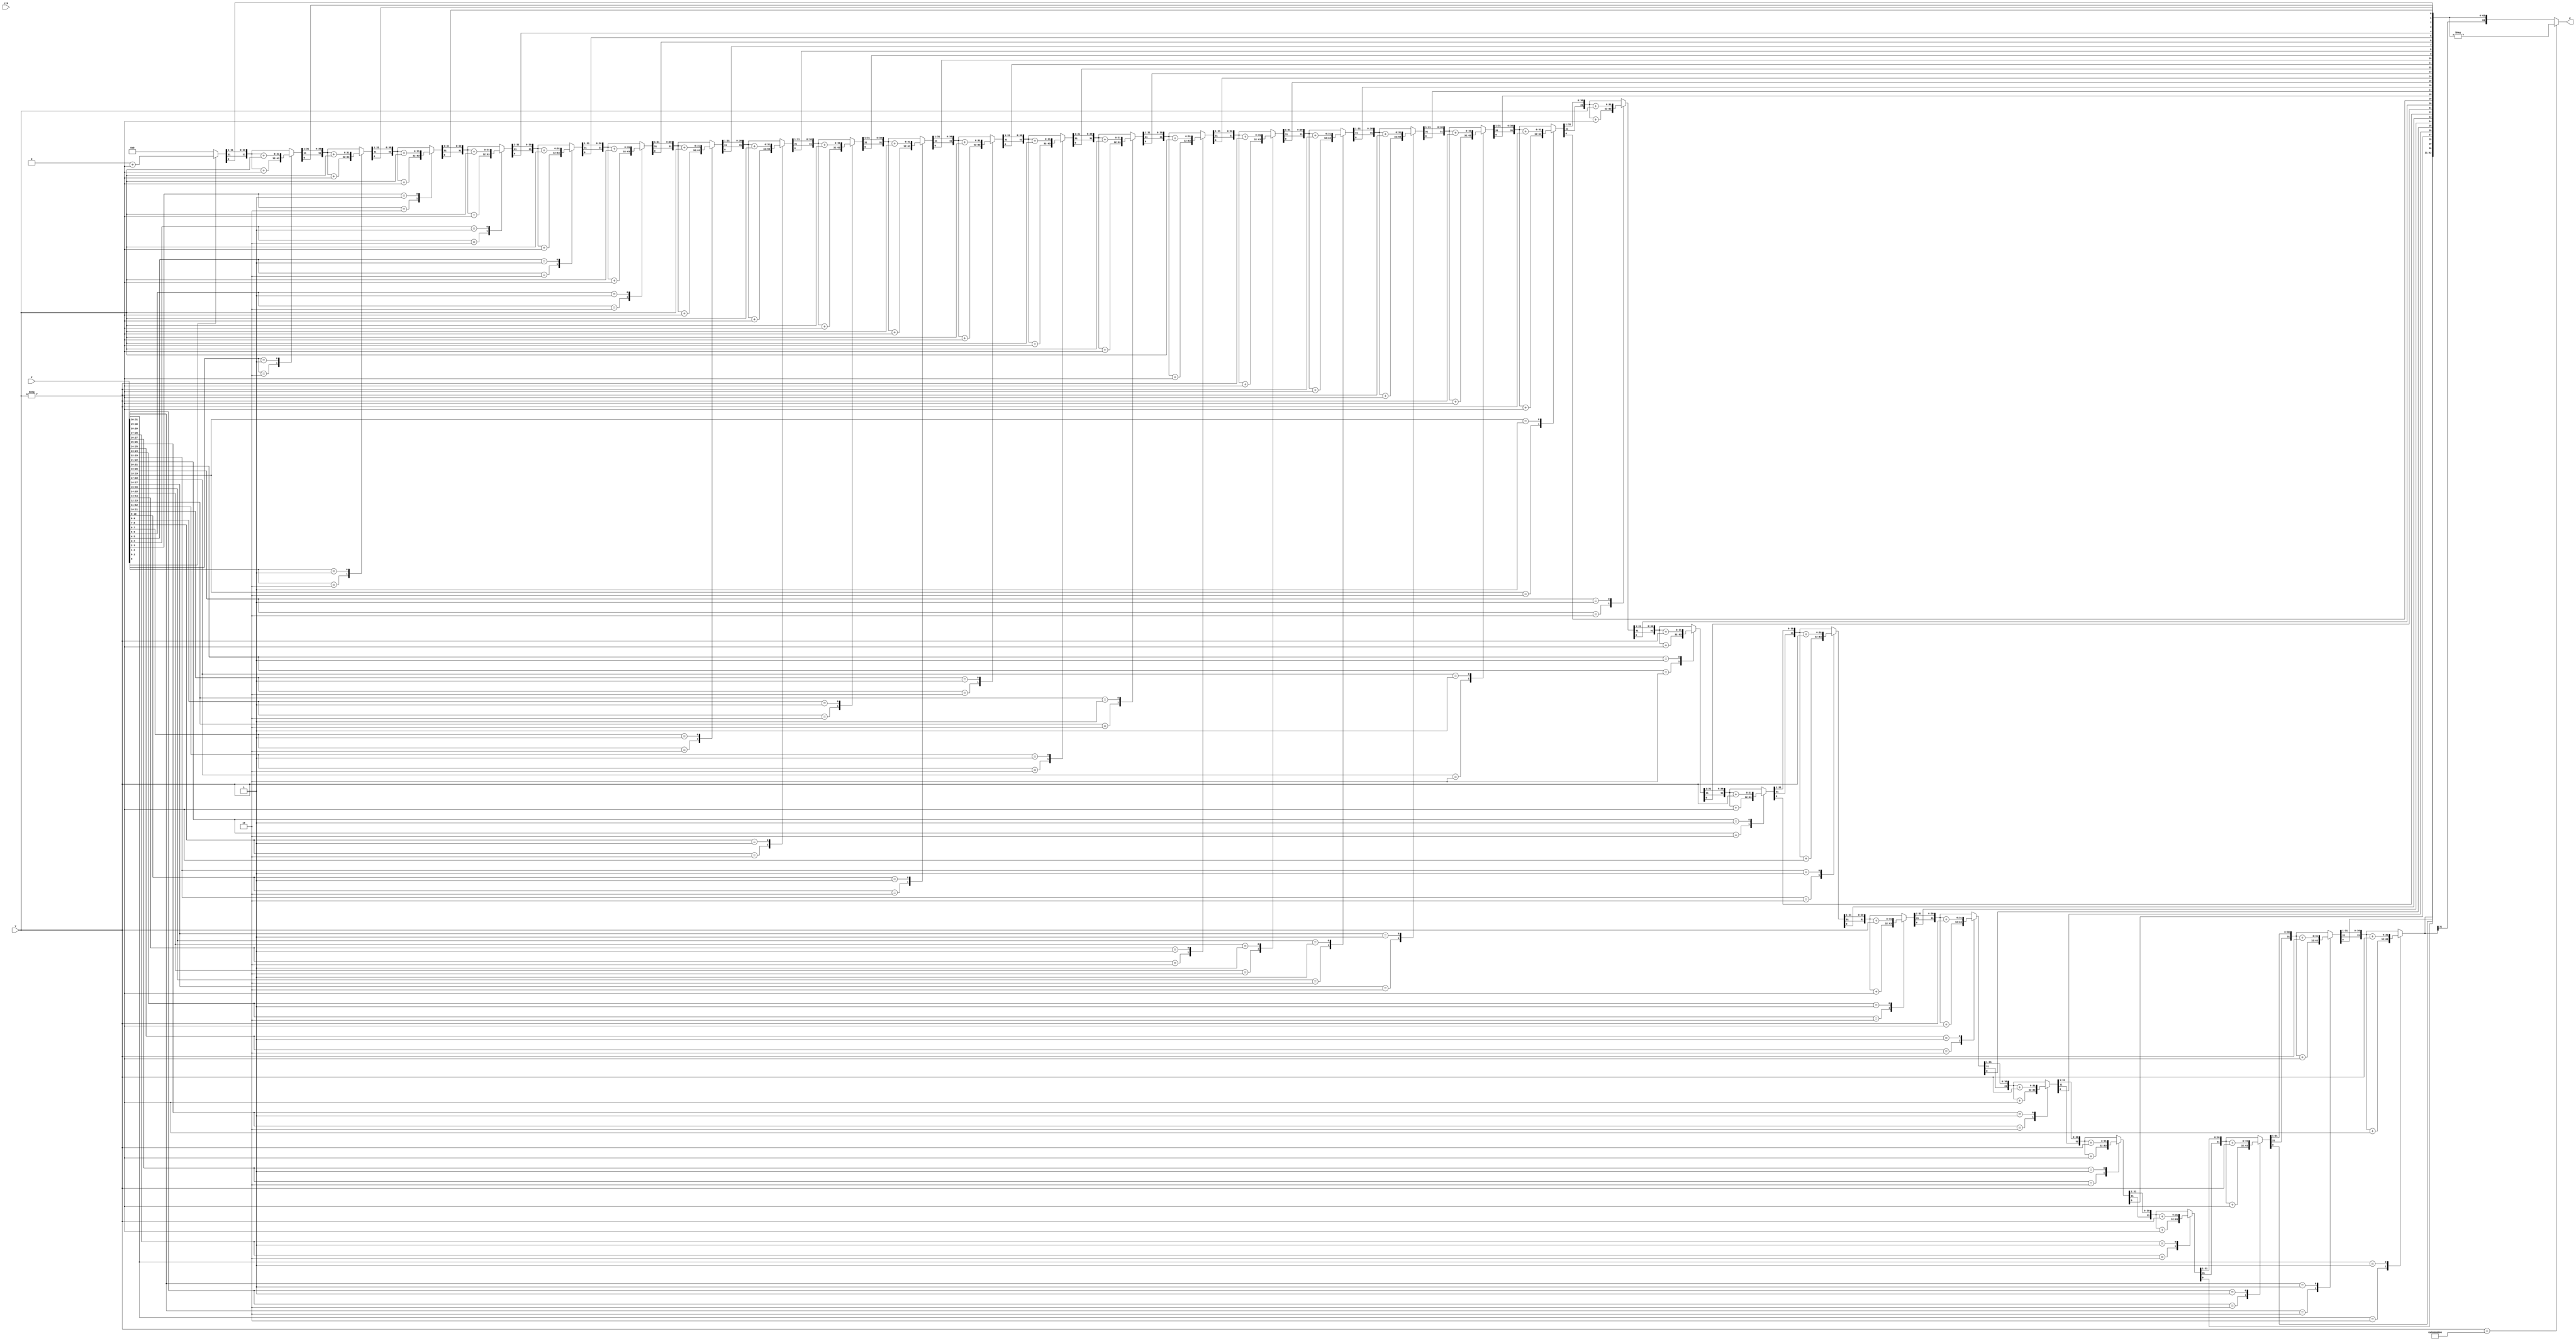
module BoothMultipilcation(clk, X, Y, Z);

		 input clk;
		 input signed [31:0] X, Y;
       output signed [63:0] Z;
       reg signed [63:0] Z;
		 
		 
       reg [1:0] temp;		// for 01 or 10
       integer i;
       reg E1;
		 
		 
       reg [31:0] Y1;
		 
		 
		 
       always @ (X, Y)
				 begin
						 Z = 64'd0;
						 E1 = 1'd0;
						 for (i = 0; i < 32; i = i + 1)
								begin
										 temp = {X[i], E1};
										 Y1 = - Y;
										case (temp)
											 2'd2 : Z [63 : 32] = Z [63 :32] + Y1;
											 2'd1 : Z [63 : 32] = Z [63 : 32] + Y;
											 default : begin end
										 endcase
										 Z = Z >>> 1;	//arithmatic shift
										 
										 
										
										 E1 = X[i];
								end
								
								if (Y == 32'h8000_0000)								
									begin
											Z = - Z;
									end
	
				end
      
       
endmodule